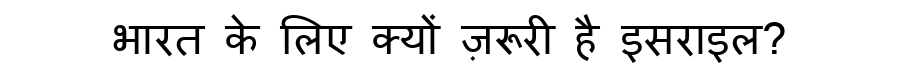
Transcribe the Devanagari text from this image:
भारत के लिए क्यों ज़रूरी है इसराइल?